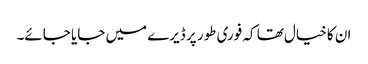
ان کا خیال تھا کہ فوری طور پر ڈیرے میں جایا جائے۔